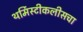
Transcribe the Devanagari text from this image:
थर्मिस्टीकलीसचा